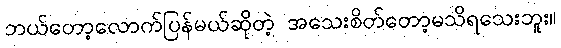
ဘယ်တော့လောက်ပြန်မယ်ဆိုတဲ့ အသေးစိတ်တော့မသိရသေးဘူး။